Annual administration and progress report of the Indian Medical Department, Bombay
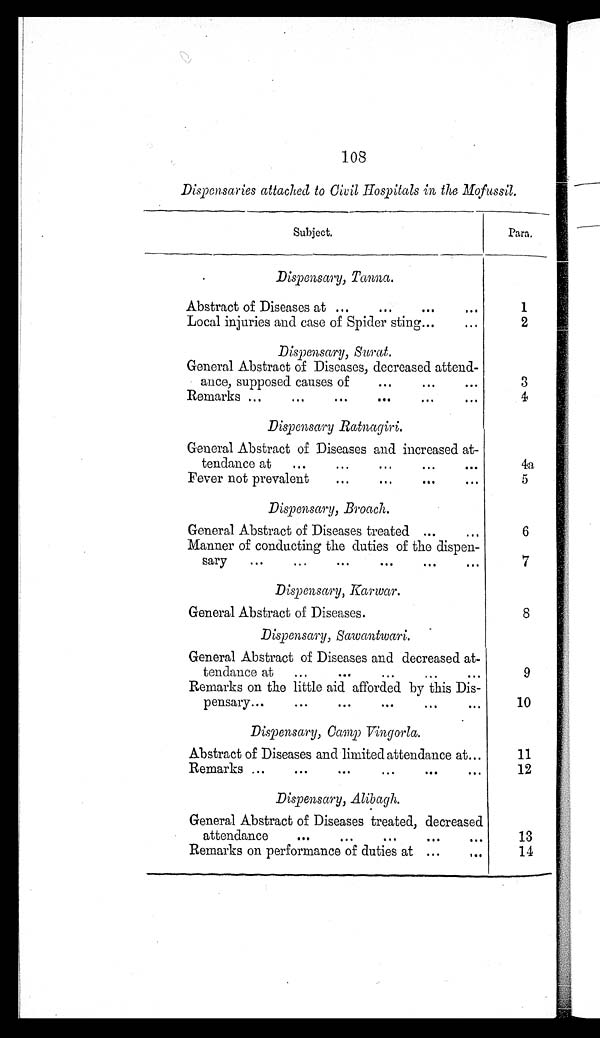
108
Dispensaries attached to Cicil Hospitals in the Mofussil.
Subject.
Para.
Dispensary, Tanna.
Abstract of Diseases at ..
...
1
Local injuries and case of Spider sting...
...
2
Dispensary, Surat.
General Abstract of Diseases, decreased attend-
ance, supposed causes of
...
...
3
Remarks ...
...
...
...
...
4
Dispensary Ratnagiri.
General Abstract of Diseases and increased at-
tendance at
...
...
...
...
4a
Fever not prevalent
...
...
...
...
5
Dispensary, Broach.
General Abstract of Diseases treated ...
6
Manner of conducting the duties of the dispen-
sary
...
...
...
...
...
...
7
Dispensary, Karwar.
General Abstract of Diseases.
8
Dispensary, Sawantwari.
General Abstract of Diseases and decreased at-
tendance at
...
...
...
...
...
9
Remarks on the little aid afforded by this Dis-
pensary...
...
...
...
...
...
1 0
Dispensary, Camp Vingorla.
Abstract of Diseases and limited attendance at...
11
Remarks ...
...
...
...
...
...
12
Dispensary, Alibagh.
General Abstract of Diseases treated, decreased
attendance
...
...
...
...
...
13
Remarks on performance of duties at ...
...
14